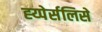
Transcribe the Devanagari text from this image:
ह्य्पेर्सलिसे